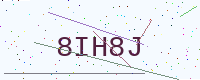
Text: 8IH8J